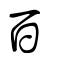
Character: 百